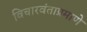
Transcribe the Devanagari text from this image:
विचारवंताप्रमाणे